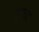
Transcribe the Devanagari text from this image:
युद्धद